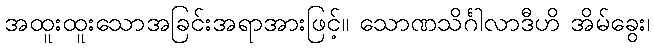
အထူးထူးသောအခြင်းအရာအားဖြင့်။ သောဏသိင်္ဂါလာဒီဟိ အိမ်ခွေး၊